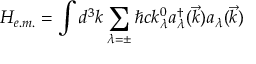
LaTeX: H _ { e . m . } = \int d ^ { 3 } k \sum _ { \lambda = \pm } \hbar c k _ { \lambda } ^ { 0 } a _ { \lambda } ^ { \dagger } ( \vec { k } ) a _ { \lambda } ( \vec { k } )